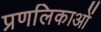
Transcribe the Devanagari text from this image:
प्रणलिकाओं